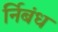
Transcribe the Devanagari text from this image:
र्निबंध